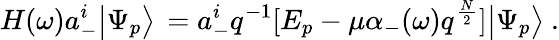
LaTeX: H(\omega)a_{-}^{i}\big|\Psi_{p}\big>\, =a_{-}^{i}q^{-1}[E_{p}-\mu\alpha_{-}(\omega)q^{\frac{N}{2}}]\big|\Psi_{p}\big>\ .